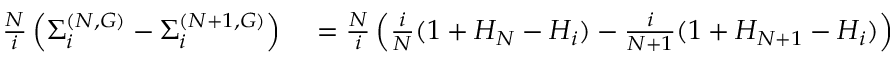
\begin{array} { r l } { \frac { N } { i } \left( \Sigma _ { i } ^ { ( N , G ) } - \Sigma _ { i } ^ { ( N + 1 , G ) } \right) } & { { } = \frac { N } { i } \left( \frac { i } { N } ( 1 + H _ { N } - H _ { i } ) - \frac { i } { N + 1 } ( 1 + H _ { N + 1 } - H _ { i } ) \right) } \end{array}